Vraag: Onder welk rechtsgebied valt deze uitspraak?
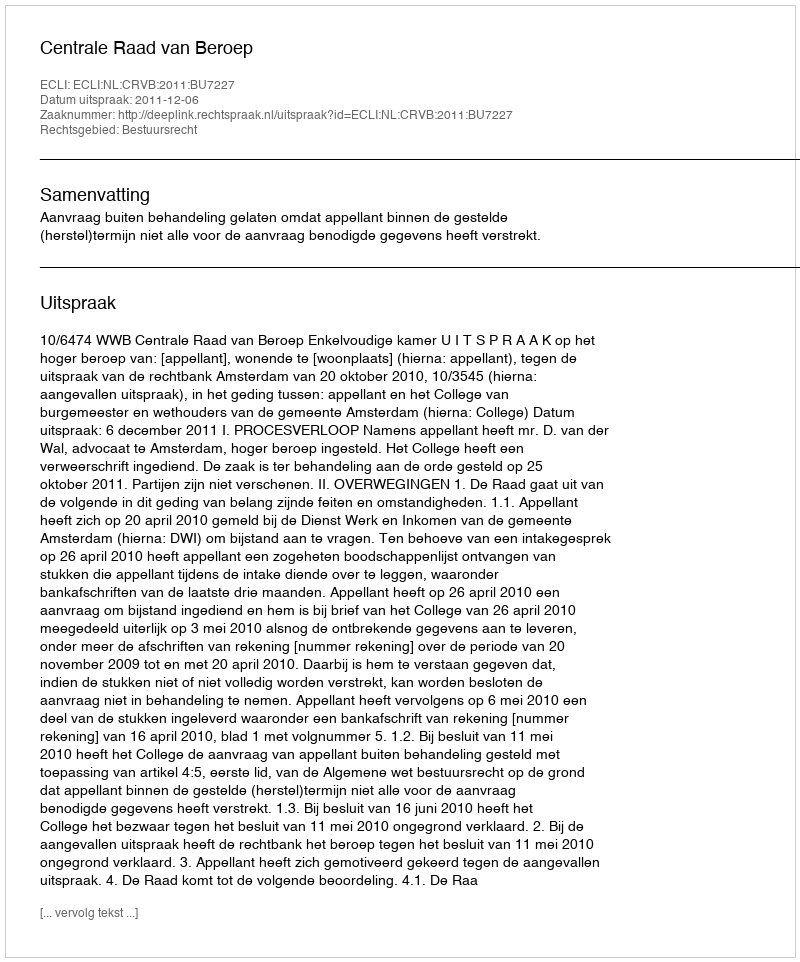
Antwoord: Bestuursrecht